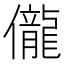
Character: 儱